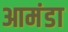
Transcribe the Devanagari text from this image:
आमंडा